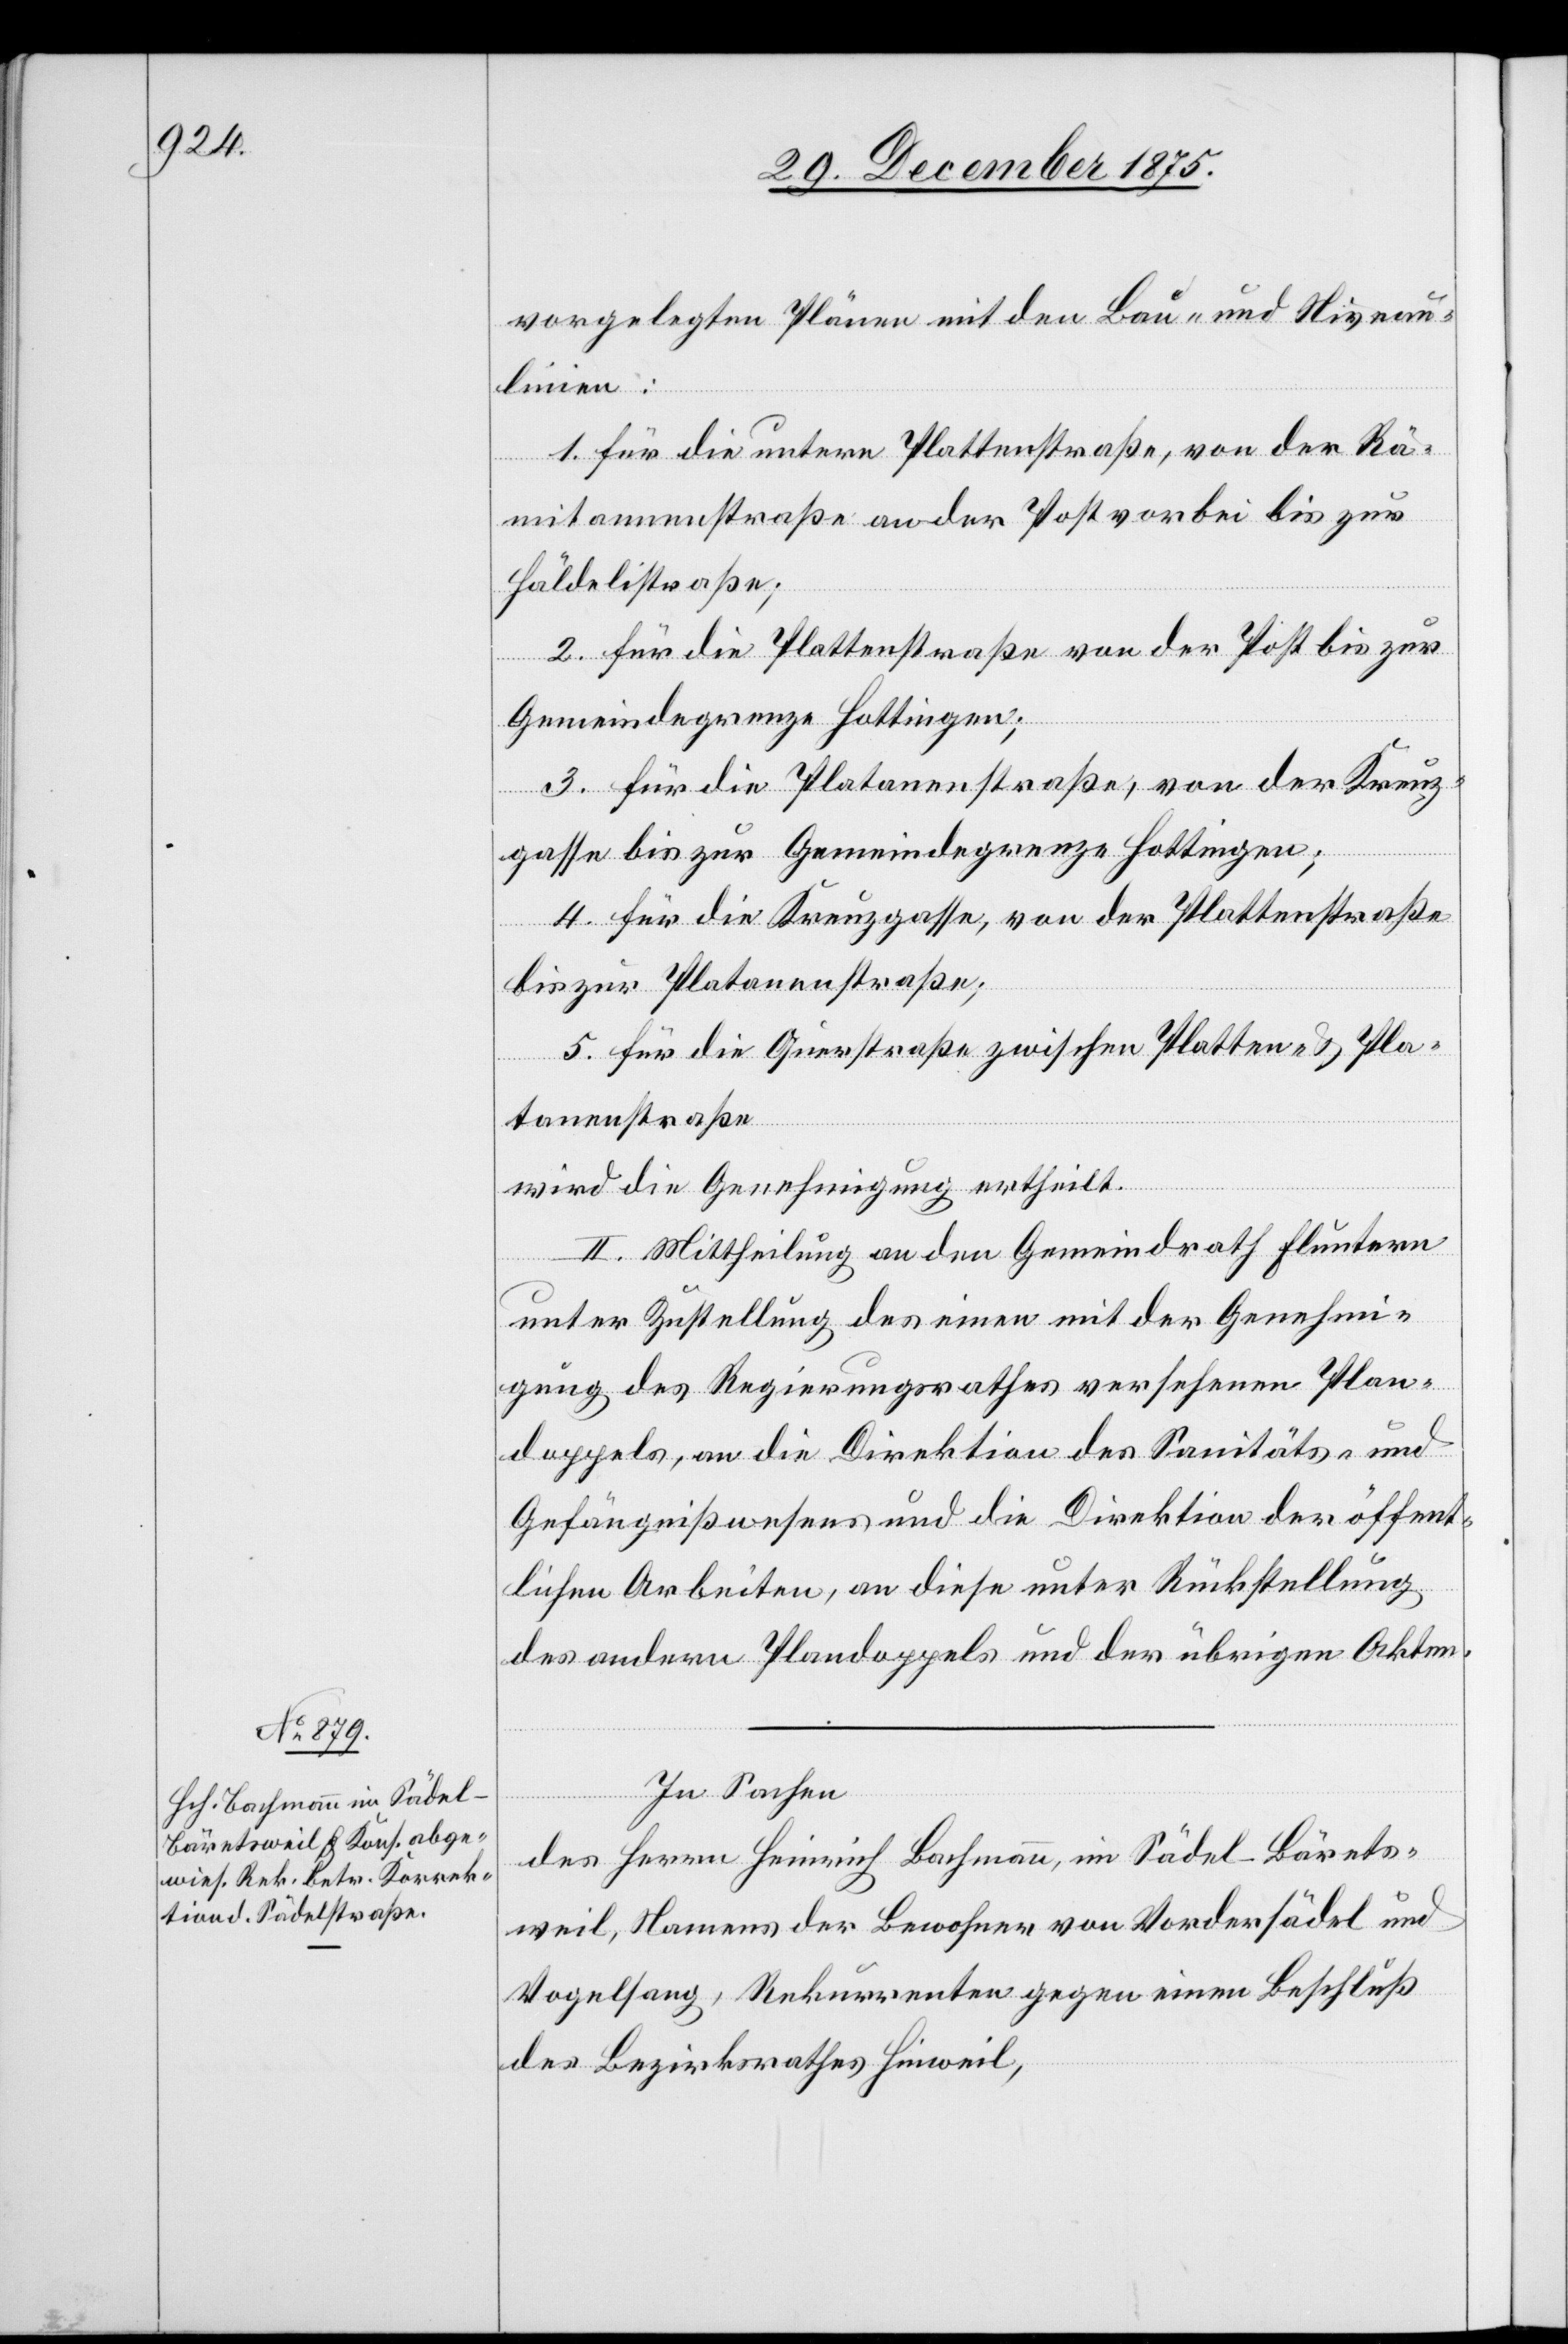
vorgelegten Plänen mit den Bau- und Niveau¬
der
linien:
1. Für die untere Plattenstraße, von der Rä¬
mitannenstraße an der Post vorbei bis zur
Häldelistraße;
2. Für die Plattenstraße von der Post bis zur
Akten.
Gemeindsgrenze Hottingen;
3. Für die Platanenstraße, von der Kreuz¬
gasse bis zur Gemeindegrenze Hottingen;
4. Für die Kreuzgasse, von der Plattenstraße
bis zur Platanenstraße;
5. Für die Querstraße zwischen Platten- & Pla¬
und
tanenstraße
wird die Genehmigung ertheilt.
II. Mittheilung an den Gemeindrath Fluntern
unter Zustellung des einen mit der Genehmi¬
gung des Regierungsrathes versehenen Plan¬
doppels, an die Direktion des Sanitäts- und
Gefängnißwesens und die Direktion der öffent¬
lichen Arbeiten, an diese unter Rückstellung
In Sachen
des Herrn Heinrich Bachmann, im Sädel - Bärets¬
weil, Namens der Bewohner von Vordersädel und
Vogelsang, Rekurrenten gegen einen Beschluß
des Bezirksrathes Hinweil,